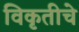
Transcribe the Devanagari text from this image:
विकृतीचे